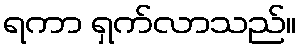
ရကာ ရှက်လာသည်။